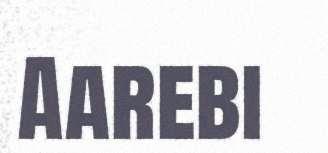
Aarebi